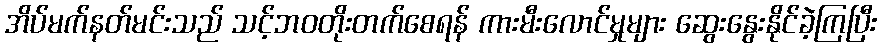
အိပ်မက်နတ်မင်းသည် သင့်ဘဝတိုးတက်စေရန် ကားမီးလောင်မှုများ ဆွေးနွေးနိုင်ခဲ့ကြပြီး